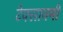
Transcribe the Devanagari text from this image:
टेक्सानमी